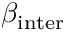
\beta _ { \mathrm { { i n t e r } } }